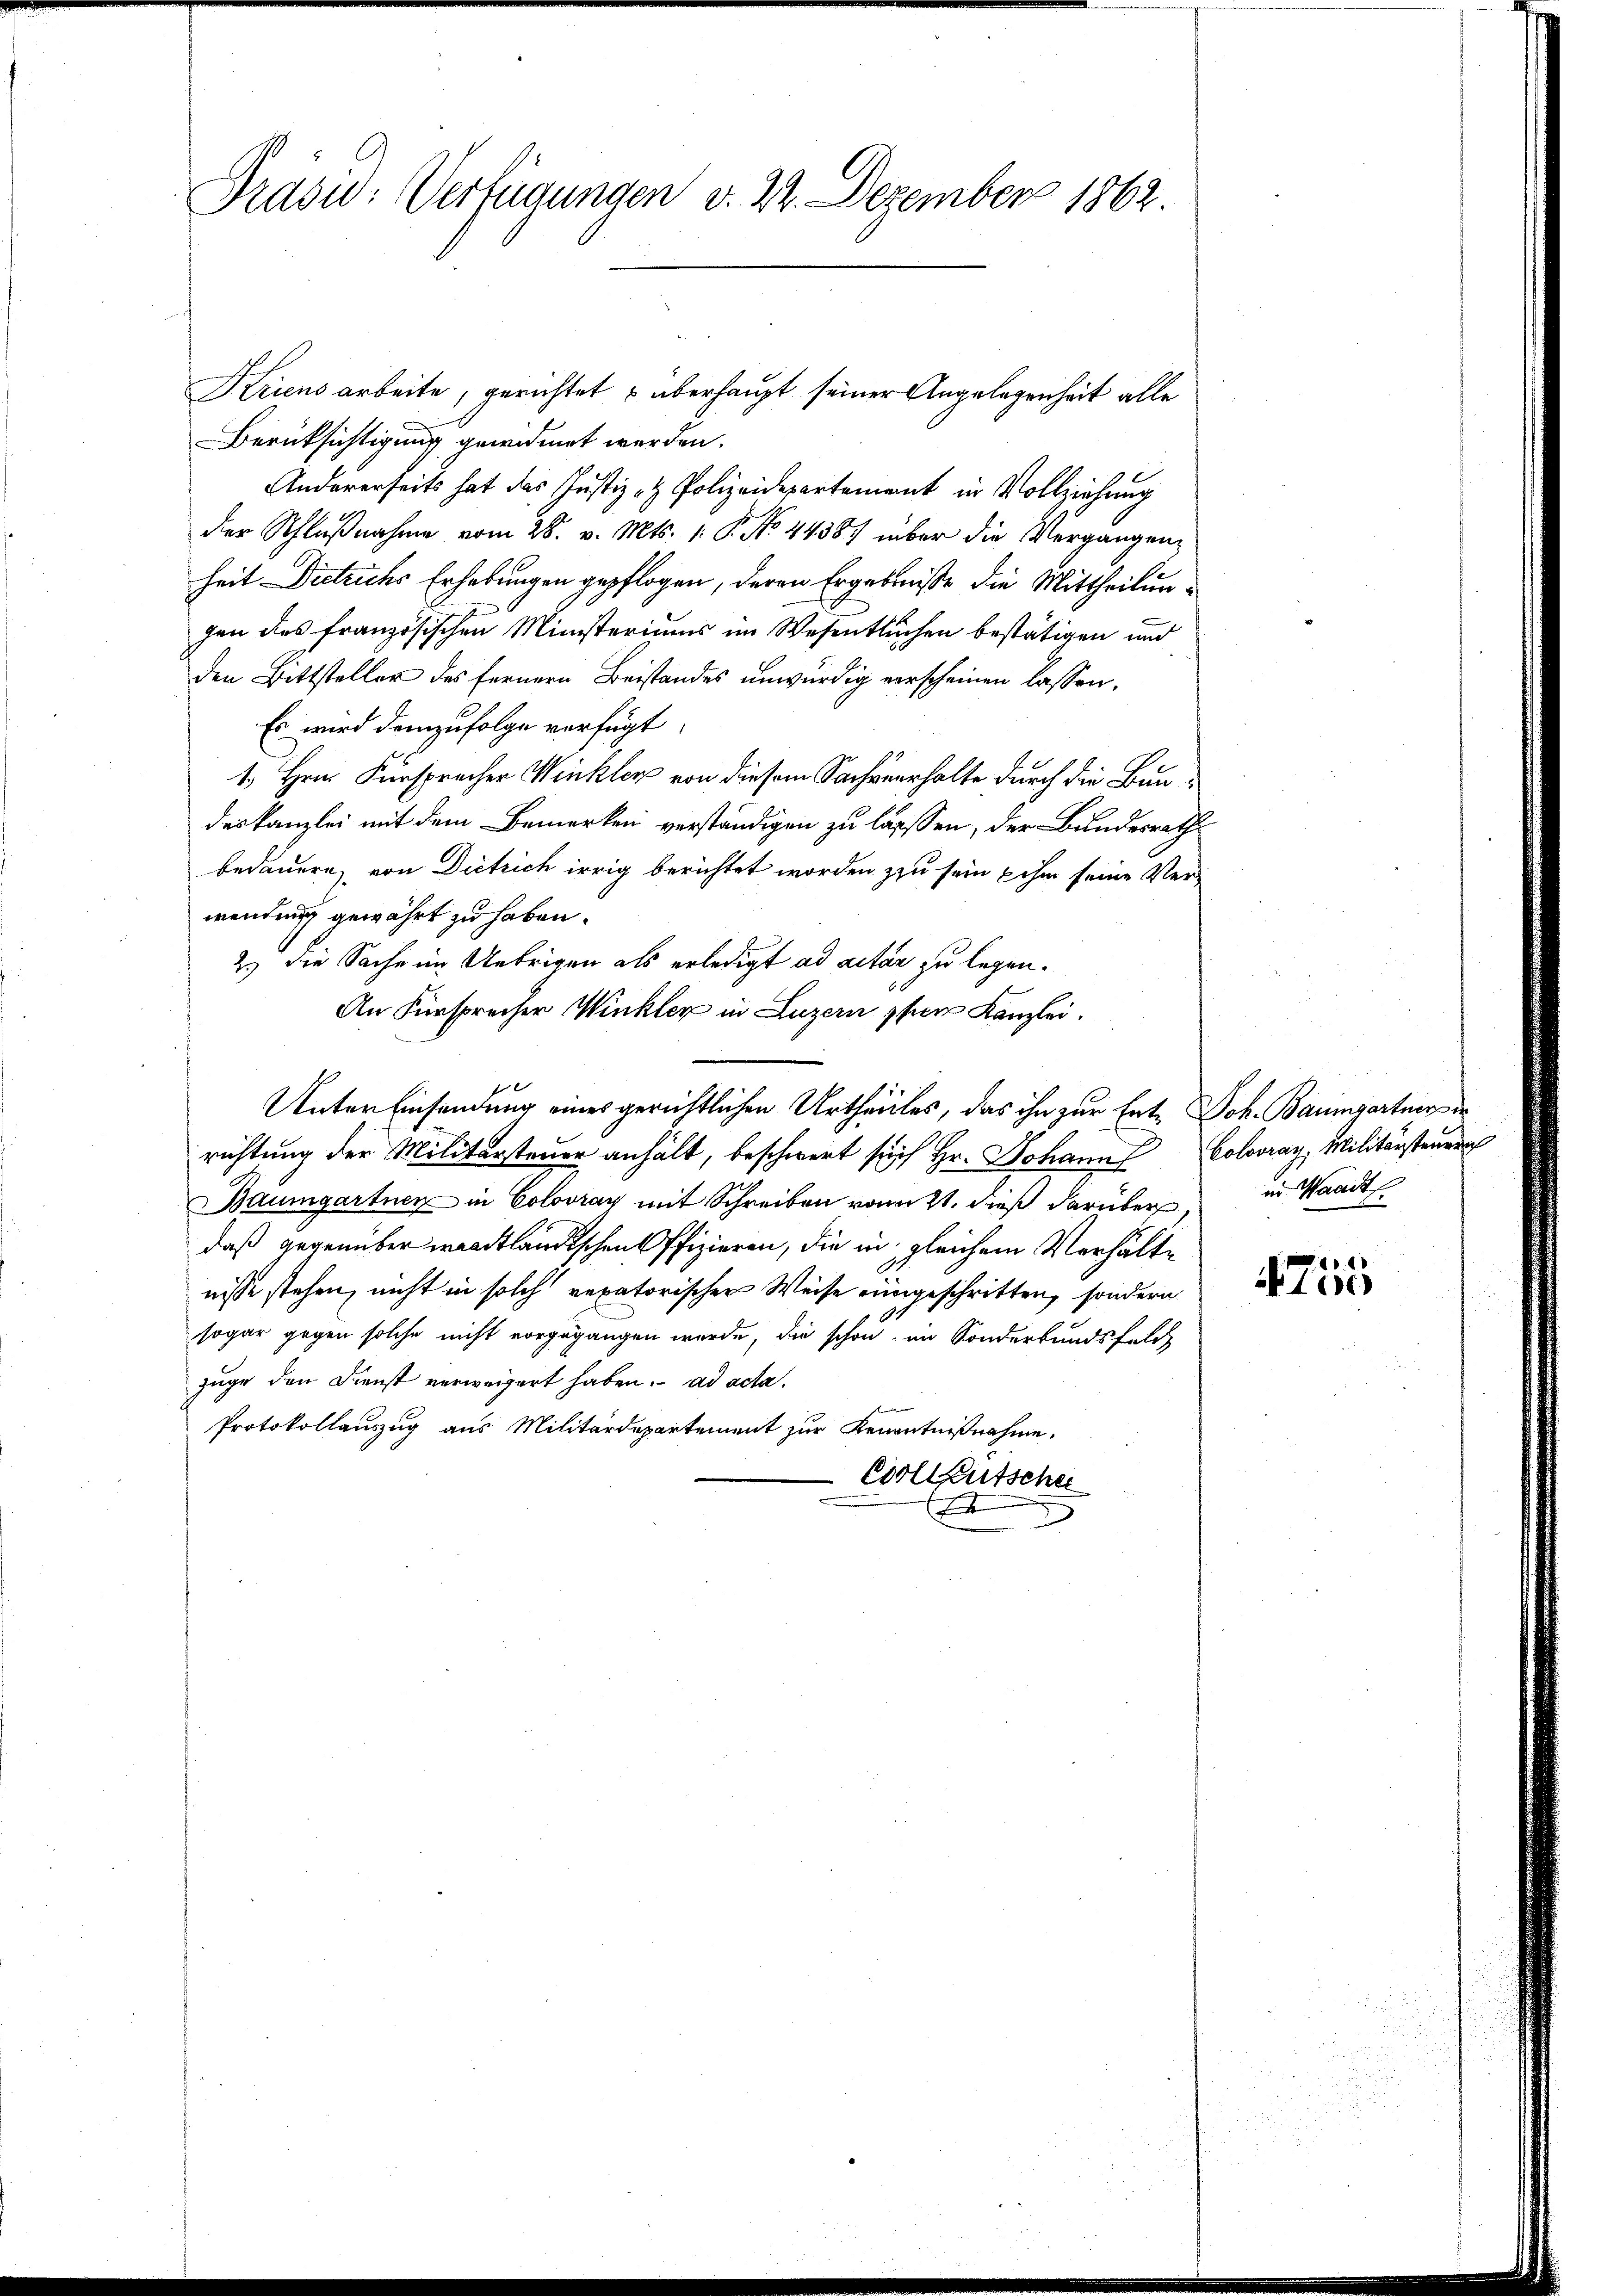
Präsid.: Verfügungen v. 22. Dezember 1862.

Kriens arbeite, gerichtet u überhaupt seiner Angelegenheit alle
Berücksichtigung gewidmet werden.
Andererseits hat das Justiz- & Polizeidepartement in Vollziehung
der Schlußnahme vom 28. v. Mts. 1. P. No. 44387 über die Vergangen,
heit Dietrichs Erhebungen gepflogen, deren Ergebniße die Mittheilungen des französischen Ministeriums im Wesentlichen bestätigen und
den Bittsteller des fernern Beistandes unwürdig verscheinen lassen,
Es wird demzufolge verfügt:
1., Hrn. Fürsprecher Winkler von diesem Sachenerhalte durch die Baudeskanzlei mit dem Bemerken verständigen zu lassen, der Bundesrath
bedauern, von Dietrich irrig berichtet worden zu sein ihm seine Verwendung gewährt zu haben.
2.) Die Sache im Uebrigen als erledigt ad actan zu legen.
An Fürsprecher Winkler in Luzern pfarr Kanzlei.
Unter Einsendung eines gerichtlichen Urtheilles, das ihn zur Ent- Joh. Baumgartner in
richtung der Militärsteuer anhält, beschwert sich Hr. Johann Coloray, Militärsteuern
Baumgartner in Coloray mit Schreiben vom 21. dieß darüber in Waadt
daß gegenüber waadtländischen Offizieren, die in gleichem Verhältnisse stehen, nicht in solch vexatorischer Weise eingeschritten, sondern
1
sogar gegen solche nicht vorgegangen wurde, die schon im Sonderbandsfeld
zuge den Dienst verweigert haben. ad acta.
Protokollauszug aus Militärdepartement zur Kenntnißnahme.
Colleutsche
.
s

e